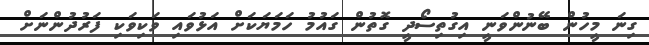
ގިނަ މީހުން ބޭނުންވަނީ އިގުތިސޯދީ ގޮތުން ގައުމު ހަމަޔަކަށް އަޅުވައި ވަކިވަކި ފަރުދުންނަށް